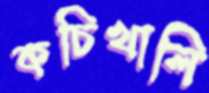
কচিখালি